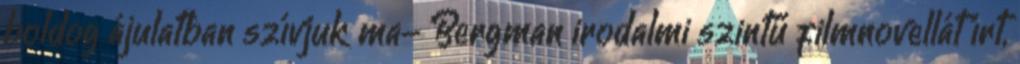
boldog ájulatban szívjuk ma- Bergman irodalmi szintű filmnovellát írt,